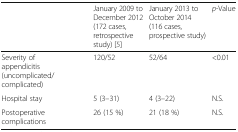
|  | January 2009 to December 2012 (172 cases, retrospective study) [5] | January 2013 to October 2014 (116 cases, prospective study) | p-Value |
 | --- | --- | --- | --- |
 | Severity of appendicitis (uncomplicated/complicated) | 120/52 | 52/64 | <0.01 |
 | Hospital stay | 5 (3–31) | 4 (3–22) | N.S. |
 | Postoperative complications | 26 (15 %) | 21 (18 %) | N.S. |